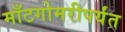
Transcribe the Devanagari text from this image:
माँटगोमरीपर्यंत